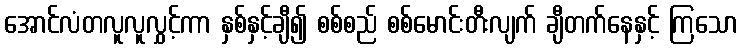
အောင်လံတလူလူလွှင့်ကာ နှစ်နှင့်ချီ၍ စစ်စည် စစ်မောင်းတီးလျက် ချီတက်နေနှင့် ကြသော